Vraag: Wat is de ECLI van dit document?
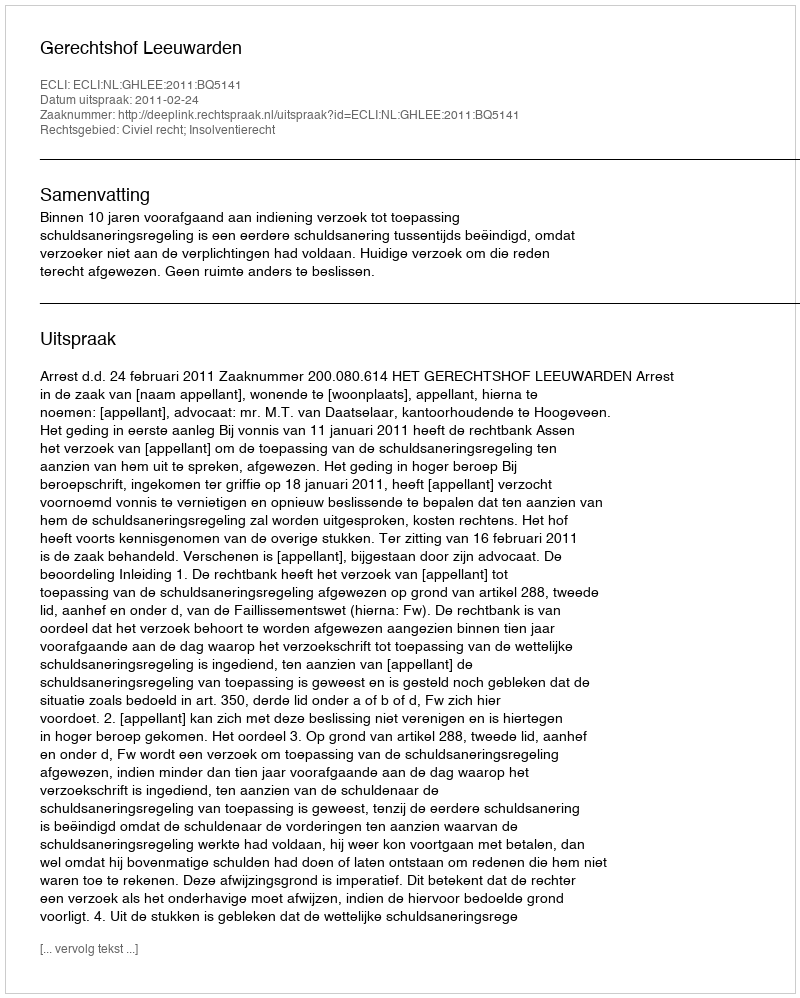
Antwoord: ECLI:NL:GHLEE:2011:BQ5141